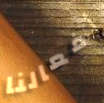
أفعالنا